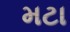
મટા